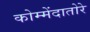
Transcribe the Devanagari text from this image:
कोम्मेंदातोरे